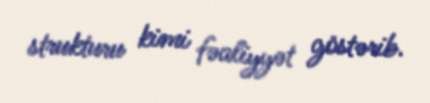
strukturu kimi fəaliyyət göstərib.